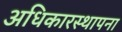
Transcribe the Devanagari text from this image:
अधिकारस्थापना